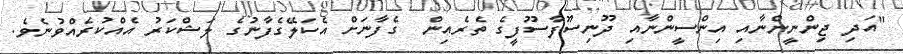
"އަދި ޖިންނީންނާއި އިންސީންނާއި ދޫނިސޫފާސޫފީގެ ތެރެއިން  ގެފާނަށް އެކަލޭގެފާނުގެ ލަޝްކަރު އެއްކުރެއްވުނެވެ.